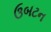
ઉબટન